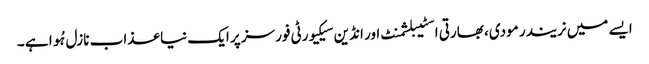
ایسے میں نریندر مودی، بھارتی اسٹیبلشمنٹ اور انڈین سیکیورٹی فورسز پر ایک نیا عذاب نازل ہُوا ہے ۔